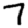
Digit: 7